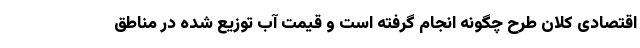
اقتصادی کلان طرح چگونه انجام گرفته است و قیمت آب توزیع شده در مناطق